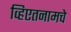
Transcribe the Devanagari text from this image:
व्हिएतनामचे